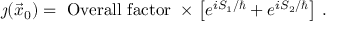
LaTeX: \j ( \vec { x } _ { 0 } ) = ~ \mathrm { O v e r a l l ~ f a c t o r } ~ \times \left[ e ^ { i S _ { 1 } / \hbar } + e ^ { i S _ { 2 } / \hbar } \right] \, .